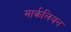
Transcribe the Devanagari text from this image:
मार्कलियन